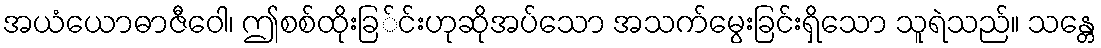
အယံယောဓာဇီဝေါ၊ ဤစစ်ထိုးခြ်င်းဟုဆိုအပ်သော အသက်မွေးခြင်းရှိသော သူရဲသည်။ သန္တေ